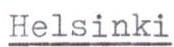
Helsinki